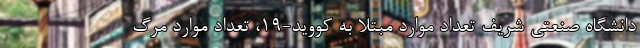
دانشگاه صنعتی شریف تعداد موارد مبتلا به کووید-۱۹، تعداد موارد مرگ